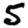
Digit: 5